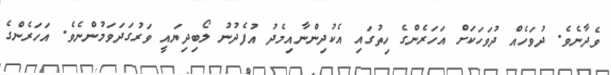
ވެދާނެވެ. ދުވަހެއް ދުވަހަކަށް އަހަރެންގެ ހިތުގައި އެކުދިންނާއިމެދު އުފެދުނު ލޯބިދިޔައީ ވަރުގަދަވަމުންނެވެ. އަހަރެންގެ